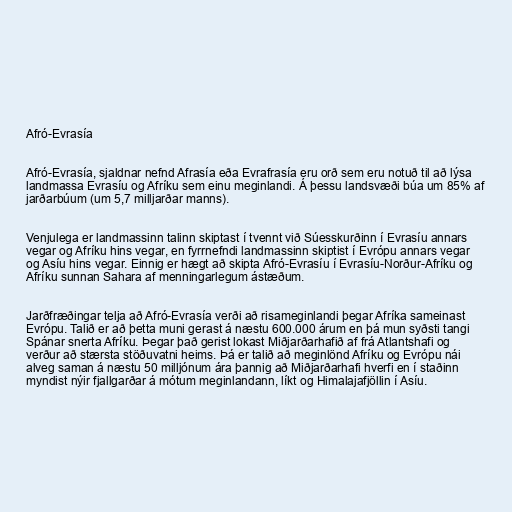
Afró-Evrasía

Afró-Evrasía, sjaldnar nefnd Afrasía eða Evrafrasía eru orð sem eru notuð til að lýsa
landmassa Evrasíu og Afríku sem einu meginlandi. Á þessu landsvæði búa um 85% af
jarðarbúum (um 5,7 milljarðar manns).

Venjulega er landmassinn talinn skiptast í tvennt við Súesskurðinn í Evrasíu annars
vegar og Afríku hins vegar, en fyrrnefndi landmassinn skiptist í Evrópu annars vegar
og Asíu hins vegar. Einnig er hægt að skipta Afró-Evrasíu í Evrasíu-Norður-Afríku og
Afríku sunnan Sahara af menningarlegum ástæðum.

Jarðfræðingar telja að Afró-Evrasía verði að risameginlandi þegar Afríka sameinast
Evrópu. Talið er að þetta muni gerast á næstu 600.000 árum en þá mun syðsti tangi
Spánar snerta Afríku. Þegar það gerist lokast Miðjarðarhafið af frá Atlantshafi og
verður að stærsta stöðuvatni heims. Þá er talið að meginlönd Afríku og Evrópu nái
alveg saman á næstu 50 milljónum ára þannig að Miðjarðarhafi hverfi en í staðinn
myndist nýir fjallgarðar á mótum meginlandann, líkt og Himalajafjöllin í Asíu.